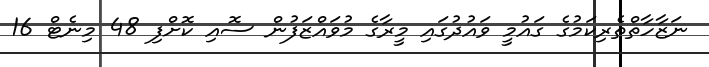
ނަޒާހާތްތެރިކަމުގެ ގައުމީ ވައުދުގައި މީރާގެ މުވައްޒަފުން ސޮއި ކޮށްފި 48 މިނެޓް 16